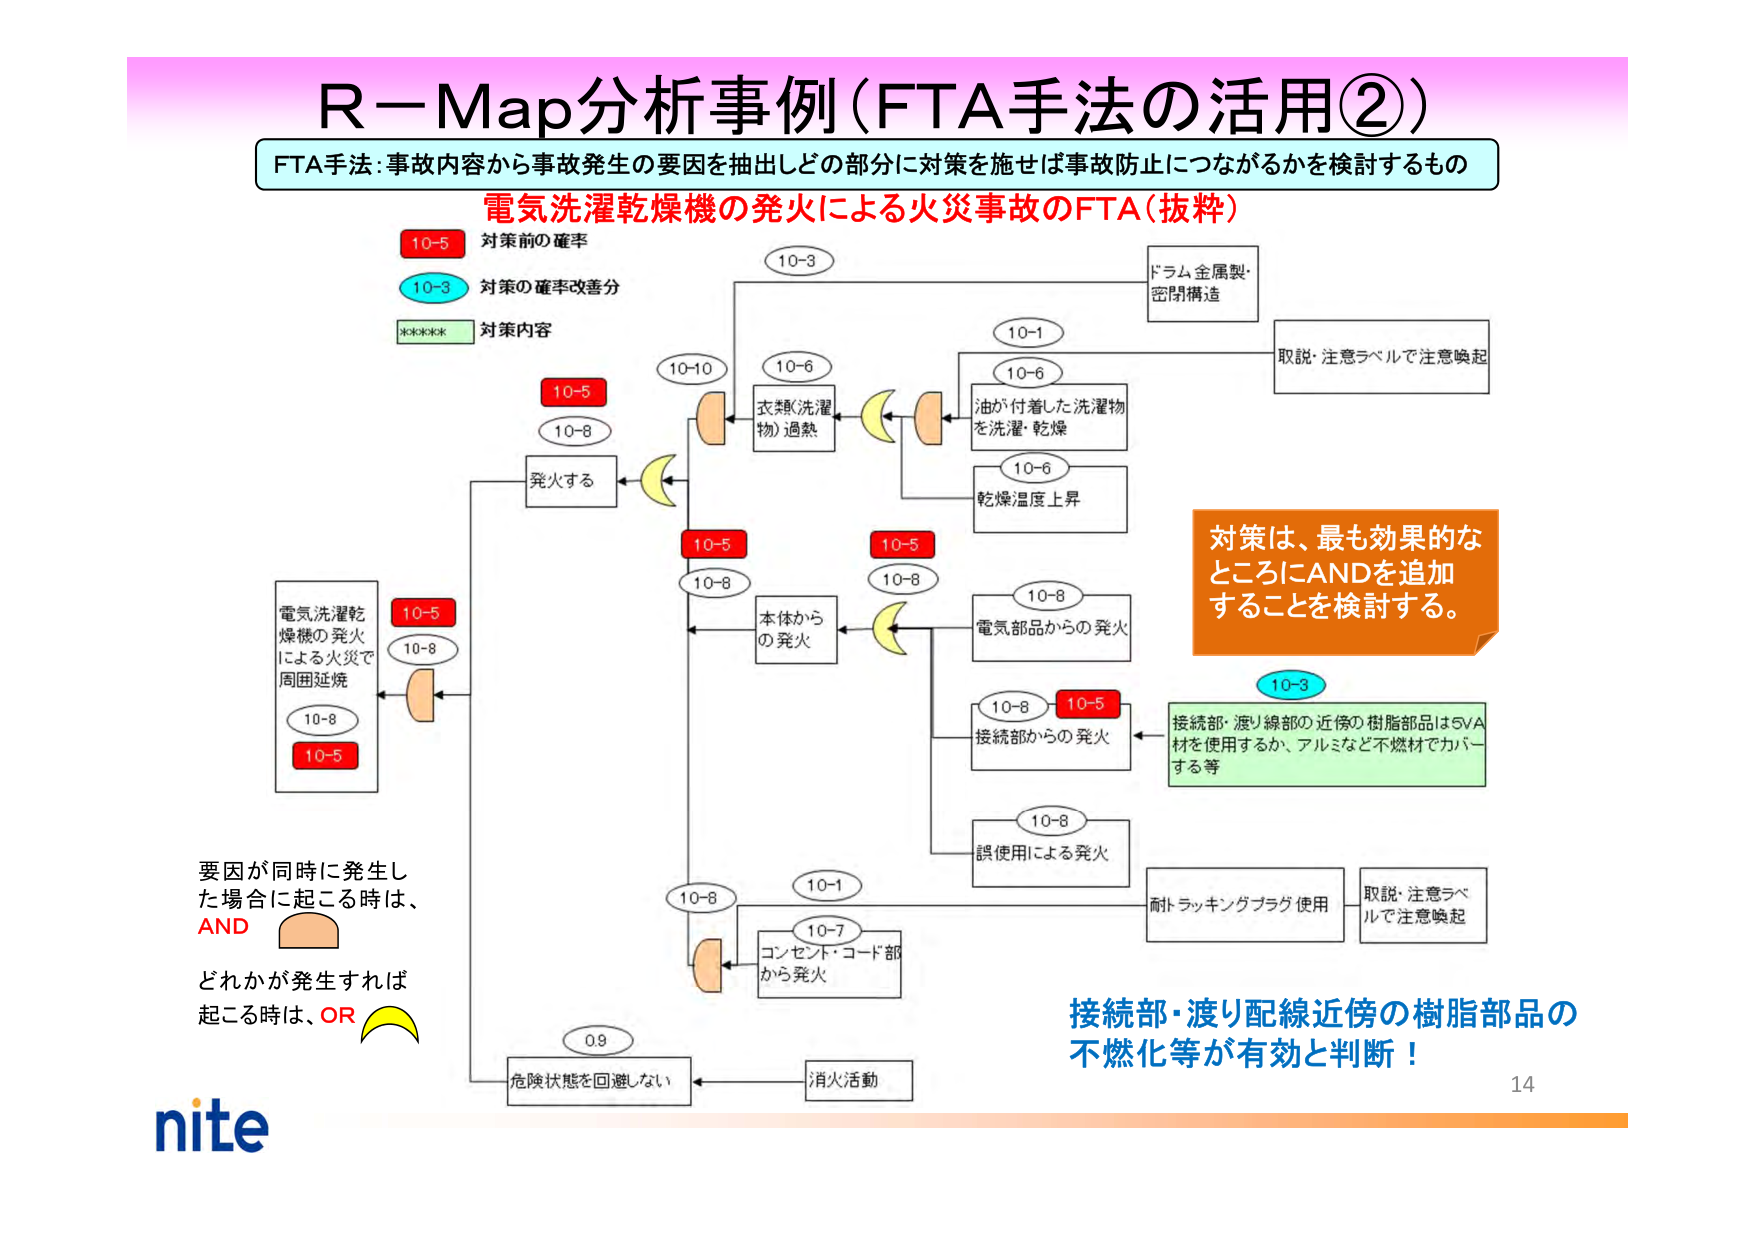
R－Map分析事例（FTA手法の活用②）

FTA手法：事故内容から事故発生の要因を抽出しどの部分に対策を施せば事故防止につながるかを検討するもの

電気洗濯乾燥機の発火による火災事故のFTA（抜粋）

10-5 対策前の確率
10-3 対策の確率改善分
***** 対策内容

10-3
ドラム金属製・
密閉構造

10-1
取説・注意ラベルで注意喚起

10-6
油が付着した洗濯物
を洗濯・乾燥

10-6
乾燥温度上昇

10-6
衣類（洗濯物）過熱

10-10

10-5
発火する

10-5
10-8

10-5
10-8
本体からの発火

10-8
電気部品からの発火

10-8
10-5
接続部からの発火

10-8
誤使用による発火

10-7
コンセント・コード部
から発火

10-1

10-8
危険状態を回避しない

0.9

消火活動

10-8
10-5
電気洗濯乾燥機の発火
による火災で
周囲延焼

対策は、最も効果的な
ところにANDを追加
することを検討する。

10-3
接続部・渡り線部の近傍の樹脂部品は5VA
材を使用するか、アルミなど不燃材でカバー
する等

耐トラッキングプラグ使用
取説・注意ラベルで注意喚起

要因が同時に発生した場合に起こる時は、
AND

どれかが発生すれば起こる時は、OR

接続部・渡り配線近傍の樹脂部品の
不燃化等が有効と判断！

nite
14